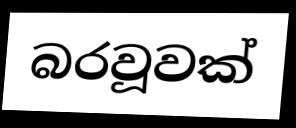
බරවූවක්